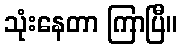
သုံးနေတာ ကြာပြီ။